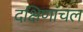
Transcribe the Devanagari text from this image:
दक्षिणांचल